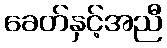
ခေတ်နှင့်အညီ